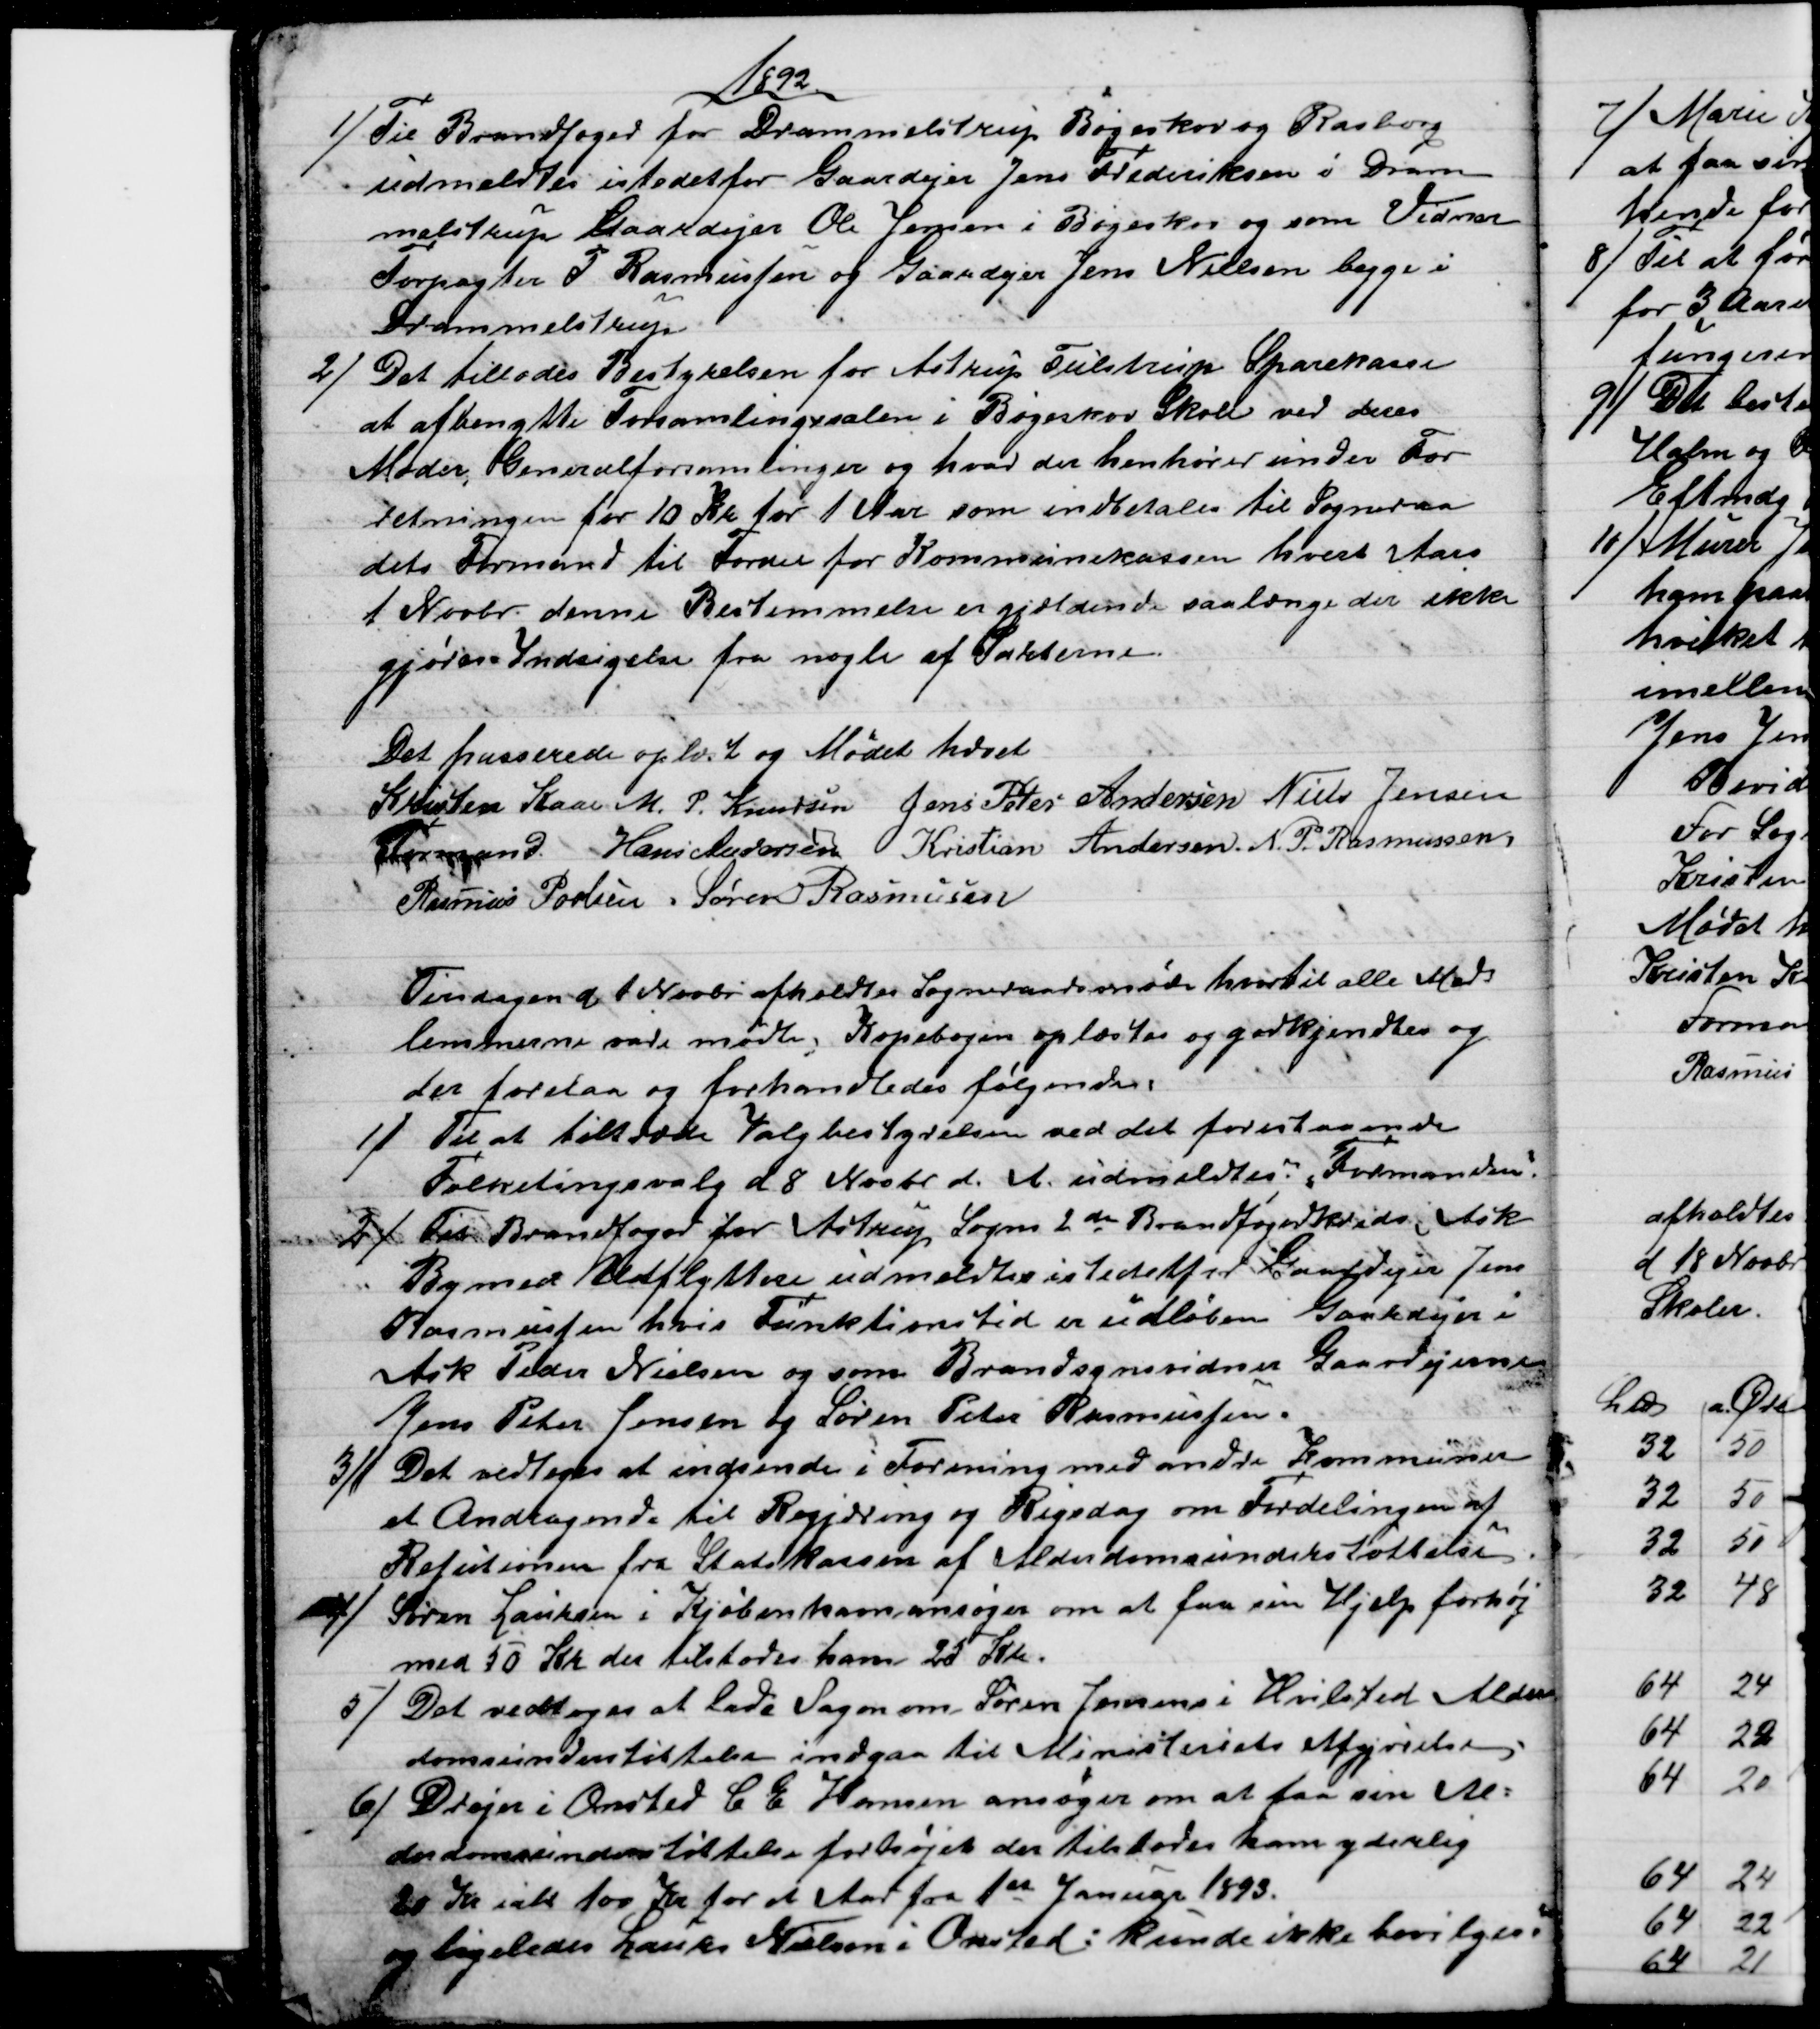
Transskription:
1892
1) 
Til Brandfoged for Drammelstrup Bøgeskov og Rasborg
udmeldtes istedetfor Gaardejer Jens Frederiksen i Dram
melstrup Gaardejer Ole Jensen i Bøgeskov og som Vidner
Forpagter P. Rasmussen og Gaardejer Jens Nielsen begge i
Drammelstrup
2)
Det tillodes Bestyrelsen for Astrup Tulstrup Sparekasse
at afbenytte Forsamlingssalen i Bøgeskov Skole ved deres
Møder, Generalforsamlinger og hvad der henhører under For
retningen for 10 Kr for 1 Aar som indbetales til Sogneraa
dets Formand til Fordel for Kommunekassen hvert Aars
1 Novbr. denne Bestemmelse er gjældende saalænge der ikke
gjøres Indsigelse fra nogle af Parterne.
Det passerede oplæst og Mødet hævet
Kristen Kaae 
Formand. 
M. P. Knudsen Jens Peter Andersen Niels Jensen
Hans Andersen Kristian Andersen N. P. Rasmussen
Rasmus Povlsen. Søren Rasmussen
Tirsdagen d 1 Novbr afholdtes Sogneraadsmøde hvortil alle Med
lemmerne vare mødte. Kopibogen oplæstes og godkjendtes og
der forelaa og forhandledes følgende.
1) 
Til at tiltræde Valgbestyrelsen ved det forestaaende
Folketingsvalg d 8 Novbr. d. A. udmeldtes: "Formanden".
2) 
Til Brandfoged for Astrup Sogns 2de Brandfogedkreds Ask
By med Udflyttere udmeldtes istedetfor Gaardejer Jens
Rasmussen hvis Funktionstid er udløben Gaardejer i
Ask Peder Nielsen og som Brandsynsvidner Gaardejerne
Jens Peter Jensen og Søren Peter Rasmussen.
3)
Det vedtoges at indsende i Forening med andre Kommuner
et Andragende til Regjering og Rigsdag om Fordelingen af
Refutionen fra Statskassen af Alderdomsunderstøttelse.
4)
Søren Laursen i Kjøbenhavn ansøger om at faa sin Hjelp forhøj
med 50 Kr der tilstodes ham 25Kr.
5) 
Det vedtoges at lade Sagen om Søren Jensens i Hvilsted Alder
domsunderstøttelse indgaa til Ministeriets Afgjørelse
6) 
Drejer i Onsted C E Hansen ansøger om at faa sin Al=
derdomsunderstøttelse forhøjet der tilstodes ham yderlig
20 Kr ialt 100 Kr for et Aar fra 1st Januar 1893.
og ligeledes Laurs Nielsen i Onsted: kunde ikke bevilges.